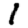
Digit: 1